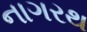
નાગરથ